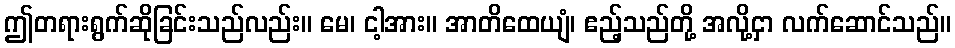
ဤတရားရွက်ဆိုခြင်းသည်လည်း။ မေ၊ ငါ့အား။ အာတိထေယျံ၊ ဧည့်သည်တို့ အလို့ငှာ လက်ဆောင်သည်။